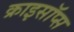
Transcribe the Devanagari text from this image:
क्राइसॉप्स